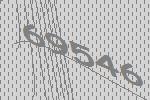
69546